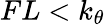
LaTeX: FL<k_{\theta}